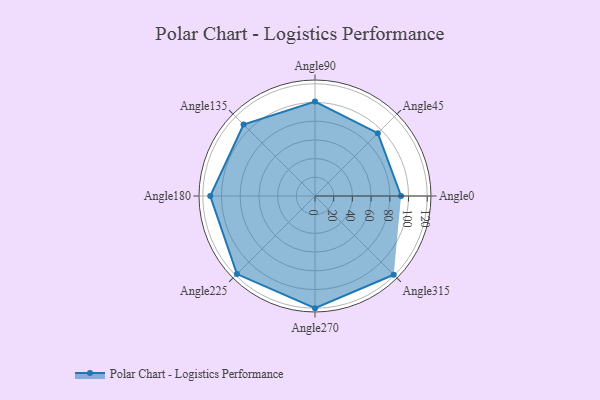
{"axis": {"x": "Angle", "y": "Radius"}, "legend": [""], "data": [{"x": "Angle0", "y": 92.0, "type": ""}, {"x": "Angle45", "y": 95.0, "type": ""}, {"x": "Angle90", "y": 101.0, "type": ""}, {"x": "Angle135", "y": 108.0, "type": ""}, {"x": "Angle180", "y": 112.0, "type": ""}, {"x": "Angle225", "y": 118.0, "type": ""}, {"x": "Angle270", "y": 120.0, "type": ""}, {"x": "Angle315", "y": 119.0, "type": ""}]}